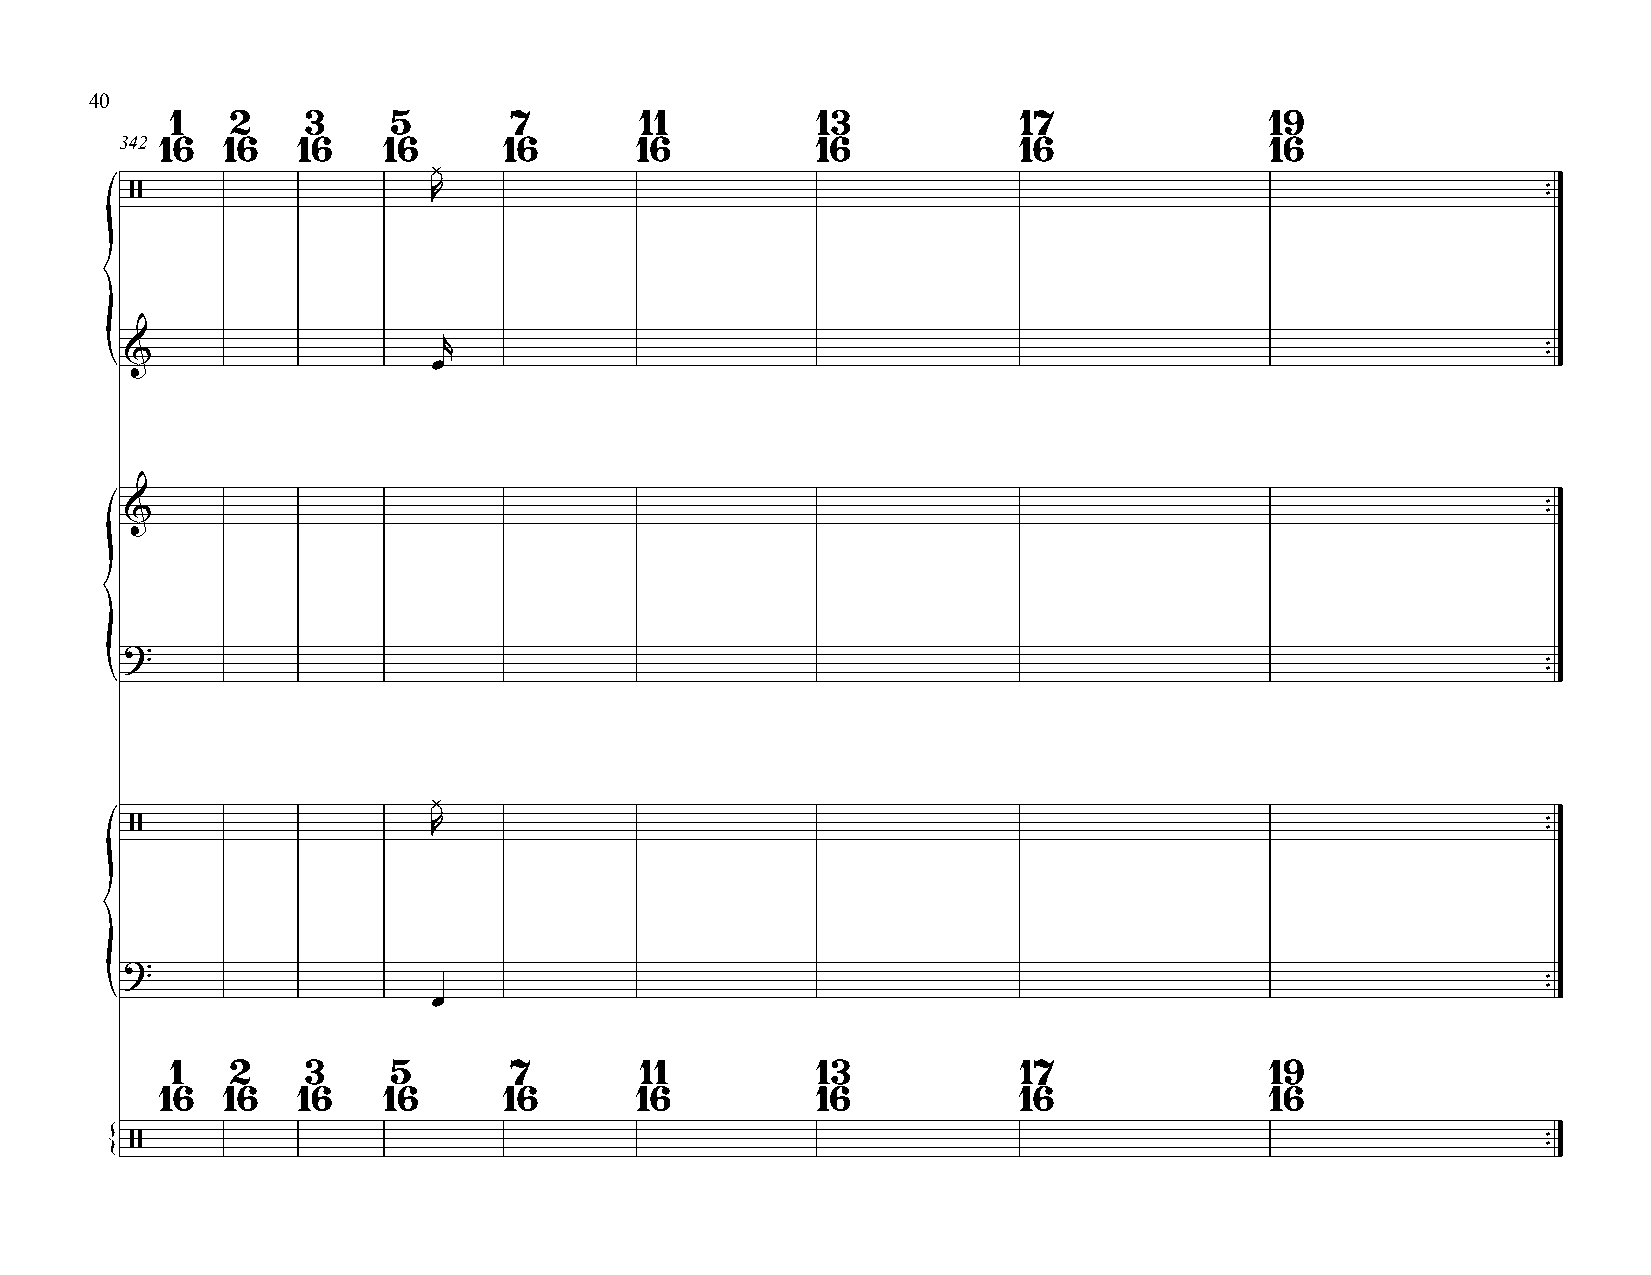
40
 1   2    3     5       7       11          13           17               19
 342 16 16   16   16      16       16          16           16               16
 ¿
 /                   R                                                                        ™ ™
 r
 {&                    œ                                                                        ™ ™
 &                                                                                             ™ ™
 ?
 ™
 ™
 {
 ¿
 /                   R                                                                        ™ ™
 ?
 ™
 ™
 {                     œ
 1   2    3     5       7       11          13           17               19
 16  16   16   16      16       16          16           16               16
 /                                                                                            ™ ™
 {